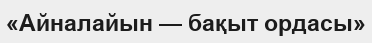
«Айналайын — бақыт ордасы»